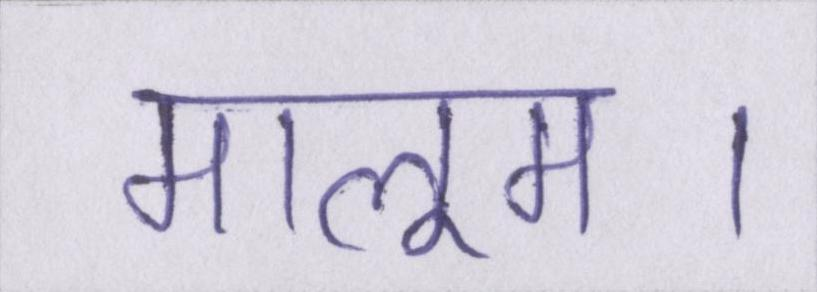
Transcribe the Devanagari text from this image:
मालूम।